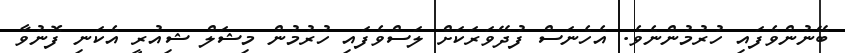
ބޭނުންވެފައި ހުރުމުންނެވެ. އެހެނަސް ފުދޭވަރަކަށް ލަސްވެފައި ހުރުމުން މިޝަލް ޝިއުރީ އެކަނި ފޮނުވާ